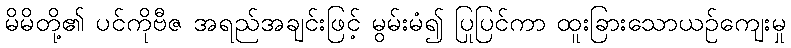
မိမိတို့၏ ပင်ကိုဗီဇ အရည်အချင်းဖြင့် မွမ်းမံ၍ ပြုပြင်ကာ ထူးခြားသောယဉ်ကျေးမှု